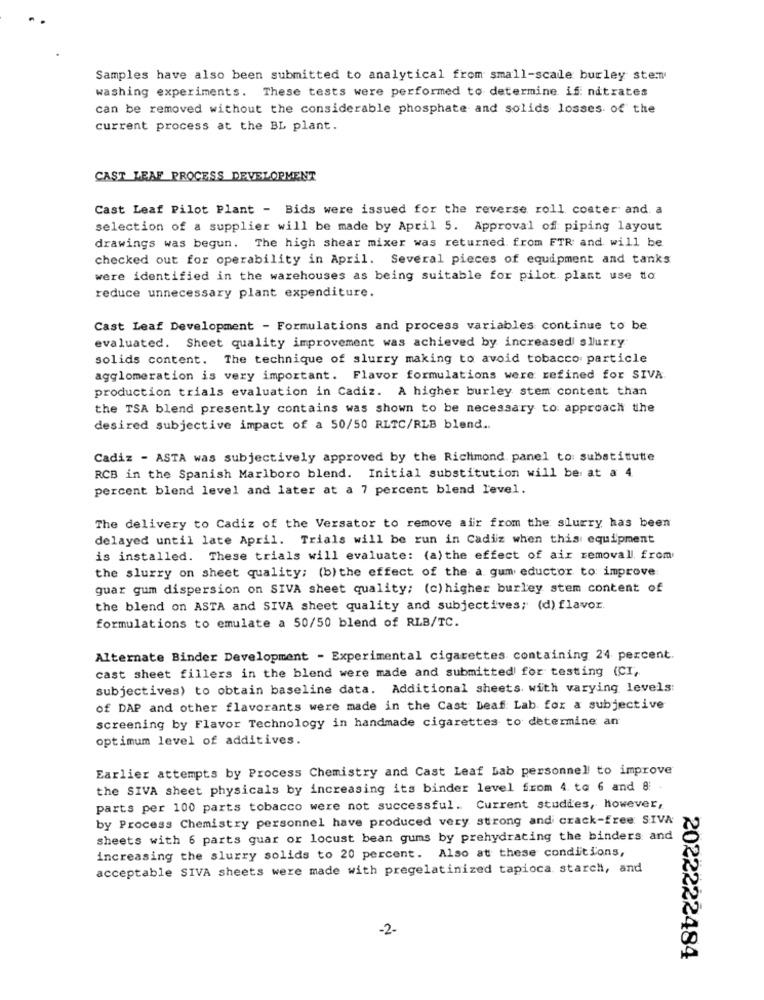
Samples have also been submitted to analytical from small-scale burley stem
washing experiments. These tests were performed to determine if: nitrates
can be removed without the considerable phosphate and solids losses of the
current process at the BL plant.
CAST LEAF PROCESS DEVELOPMENT
Cast Leaf Pilot Plant - Bids were issued for the reverse roll coater and a
selection of a supplier will be made by April 5. Approval of piping layout
drawings was begun. The high shear mixer was returned from FTR and will be
checked out for operability in April. Several pieces of equipment and tanks
were identified in the warehouses as being suitable for pilot. plant use to
reduce unnecessary plant expenditure.
Cast Leaf Development - Formulations and process variables continue to be
evaluated. Sheet quality improvement was achieved by increased slurry
solids content. The technique of slurry making to avoid tobacco particle
agglomeration is very important. Flavor formulations were refined for SIVA.
production trials evaluation in Cadiz. A higher burley stem content than
the TSA blend presently contains was shown to be necessary to: approach the
desired subjective impact of a 50/50 RLTC/RLB blend ..
Cadiz - ASTA was subjectively approved by the Richmond, panel to substitute
RCB in the Spanish Marlboro blend. Initial substitution will be at a 4
percent blend level and later at a 7 percent blend level.
The delivery to Cadiz of the Versator to remove alir from the slurry has been
delayed until late April. Trials will be run in Cadiz when this equipment
is installed. These trials will evaluate: (a) the effect of air removall. from
the slurry on sheet quality; (b) the effect of the a gum eductor to improve
guar gum dispersion on SIVA sheet quality; (c) higher burley stem content of
the blend on ASTA and SIVA sheet quality and subjectives; (d) flavor.
formulations to emulate a 50/50 blend of RLB/TC.
Alternate Binder Development - Experimental cigarettes containing 24 percent.
cast sheet fillers in the blend were made and submitted for testing (CI,
subjectives) to obtain baseline data. Additional sheets. with varying levels:
of DAP and other flavorants were made in the Cast Deaf: Lab for a subjective
screening by Flavor Technology in handmade cigarettes to determine an
optimum level of additives.
Earlier attempts by Process Chemistry and Cast Leaf Lab personnel to improve
the SIVA sheet physicals by increasing its binder level from 4. to 6 and 8 .
parts per 100 parts tobacco were not successful. Current studies, however,
by Process Chemistry personnel have produced very strong and crack-free SIVA
sheets with 6 parts guar or locust bean gums by prehydrating the binders and
increasing the slurry solids to 20 percent. Also at these conditions,
acceptable SIVA sheets were made with pregelatinized tapioca starch, and
-2-
2022222484